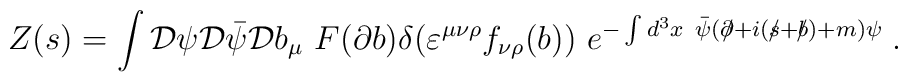
Z(s)=\int {\cal D}\psi {\cal D}\bar{\psi}{\cal D}b_\mu ~F(\partial b)\delta(\varepsilon ^{\mu \nu \rho }f_{\nu \rho }(b))~e^{-\int d^3x~\bar{\psi}(\partial \!\!\!/+i(s\!\!\!/+b\!\!\!/)+m)\psi }\;.